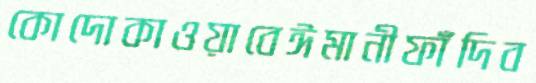
কোদোকাওয়াবেঈমানীফাঁদিব